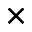
\times